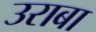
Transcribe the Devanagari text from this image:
उराबा